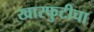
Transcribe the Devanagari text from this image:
खारफुटीचा